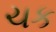
ચક